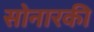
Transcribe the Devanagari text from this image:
सोनारकी